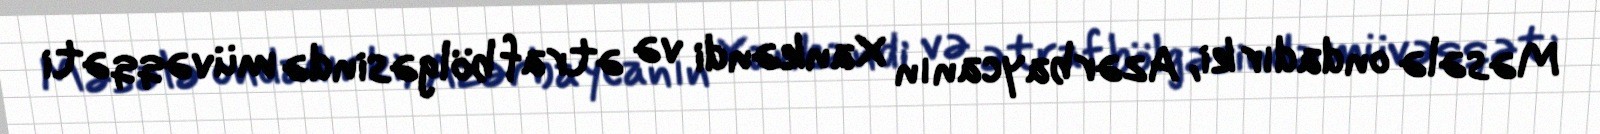
Məsələ ondadır ki, Azərbaycanın Xankəndi və ətraf bölgəsində müvəqqəti